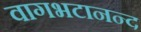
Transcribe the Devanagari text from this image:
वागभटानन्द